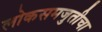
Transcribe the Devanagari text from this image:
लोकसमजुतीचा